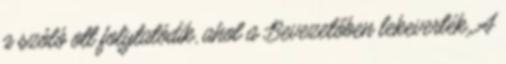
a szóló ott folytatódik, ahol a Bevezetőben lekeverték. A